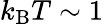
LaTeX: k_{\mathrm{B}}T\sim 1